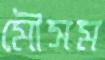
মৌসম